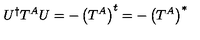
U ^ { \dagger } T ^ { A } U = - \left( T ^ { A } \right) ^ { t } = - \left( T ^ { A } \right) ^ { * }